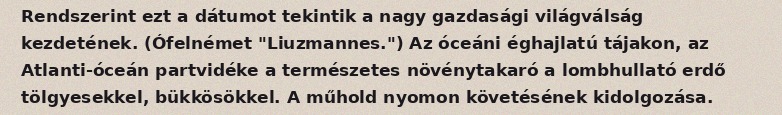
Rendszerint ezt a dátumot tekintik a nagy gazdasági világválság kezdetének. (Ófelnémet "Liuzmannes.") Az óceáni éghajlatú tájakon, az Atlanti-óceán partvidéke a természetes növénytakaró a lombhullató erdő tölgyesekkel, bükkösökkel. A műhold nyomon követésének kidolgozása.